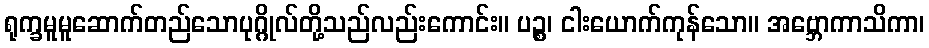
ရုက္ခမူမူဆောက်တည်သောပုဂ္ဂိုလ်တို့သည်လည်းကောင်း။ ပဉ္စ၊ ငါးယောက်ကုန်သော။ အဗ္ဘောကာသိကာ၊